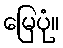
မြေပုံ။